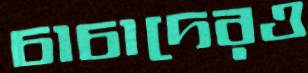
চাচাদেরও